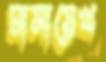
মাসায়েখ